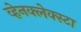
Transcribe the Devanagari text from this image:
व्हेनक्लेक्स्टा